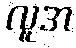
လူအ